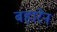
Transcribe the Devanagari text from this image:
बहारेन